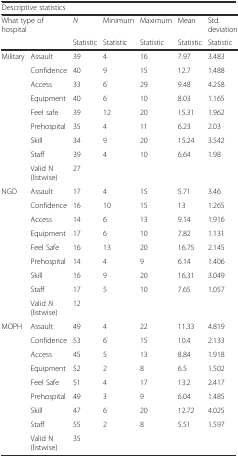
<table><thead><tr><td colspan="7"><b>Descriptive statistics</b></td></tr><tr><td rowspan="2" colspan="2"><b>What type of hospital</b></td><td><b><i>N</i></b></td><td><b>Minimum</b></td><td><b>Maximum</b></td><td><b>Mean</b></td><td><b>Std. deviation</b></td></tr><tr><td><b>Statistic</b></td><td><b>Statistic</b></td><td><b>Statistic</b></td><td><b>Statistic</b></td><td><b>Statistic</b></td></tr></thead><tbody><tr><td rowspan="9">Military</td><td>Assault</td><td>39</td><td>4</td><td>16</td><td>7.97</td><td>3.483</td></tr><tr><td>Confidence</td><td>40</td><td>9</td><td>15</td><td>12.7</td><td>1.488</td></tr><tr><td>Access</td><td>33</td><td>6</td><td>29</td><td>9.48</td><td>4.258</td></tr><tr><td>Equipment</td><td>40</td><td>6</td><td>10</td><td>8.03</td><td>1.165</td></tr><tr><td>Feel safe</td><td>39</td><td>12</td><td>20</td><td>15.31</td><td>1.962</td></tr><tr><td>Prehospital</td><td>35</td><td>4</td><td>11</td><td>6.23</td><td>2.03</td></tr><tr><td>Skill</td><td>34</td><td>9</td><td>20</td><td>15.24</td><td>3.542</td></tr><tr><td>Staff</td><td>39</td><td>4</td><td>10</td><td>6.64</td><td>1.98</td></tr><tr><td>Valid N (listwise)</td><td>27</td><td></td><td></td><td></td><td></td></tr><tr><td rowspan="9">NGO</td><td>Assault</td><td>17</td><td>4</td><td>15</td><td>5.71</td><td>3.46</td></tr><tr><td>Confidence</td><td>16</td><td>10</td><td>15</td><td>13</td><td>1.265</td></tr><tr><td>Access</td><td>14</td><td>6</td><td>13</td><td>9.14</td><td>1.916</td></tr><tr><td>Equipment</td><td>17</td><td>6</td><td>10</td><td>7.82</td><td>1.131</td></tr><tr><td>Feel Safe</td><td>16</td><td>13</td><td>20</td><td>16.75</td><td>2.145</td></tr><tr><td>Prehospital</td><td>14</td><td>4</td><td>9</td><td>6.14</td><td>1.406</td></tr><tr><td>Skill</td><td>16</td><td>9</td><td>20</td><td>16.31</td><td>3.049</td></tr><tr><td>Staff</td><td>17</td><td>5</td><td>10</td><td>7.65</td><td>1.057</td></tr><tr><td>Valid <i>N</i> (listwise)</td><td>12</td><td></td><td></td><td></td><td></td></tr><tr><td rowspan="9">MOPH</td><td>Assault</td><td>49</td><td>4</td><td>22</td><td>11.33</td><td>4.819</td></tr><tr><td>Confidence</td><td>53</td><td>6</td><td>15</td><td>10.4</td><td>2.133</td></tr><tr><td>Access</td><td>45</td><td>5</td><td>13</td><td>8.84</td><td>1.918</td></tr><tr><td>Equipment</td><td>52</td><td>2</td><td>8</td><td>6.5</td><td>1.502</td></tr><tr><td>Feel Safe</td><td>51</td><td>4</td><td>17</td><td>13.2</td><td>2.417</td></tr><tr><td>Prehospital</td><td>49</td><td>3</td><td>9</td><td>6.04</td><td>1.485</td></tr><tr><td>Skill</td><td>47</td><td>6</td><td>20</td><td>12.72</td><td>4.025</td></tr><tr><td>Staff</td><td>55</td><td>2</td><td>8</td><td>5.51</td><td>1.597</td></tr><tr><td>Valid N (listwise)</td><td>35</td><td></td><td></td><td></td><td></td></tr></tbody></table>